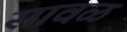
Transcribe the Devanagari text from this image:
सावळ